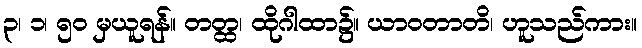
၃၊ ၁၊ ၅၀ မှယူရန်။ တတ္ထ၊ ထိုဂါထာ၌။ ယာဝတာတိ၊ ဟူသည်ကား။